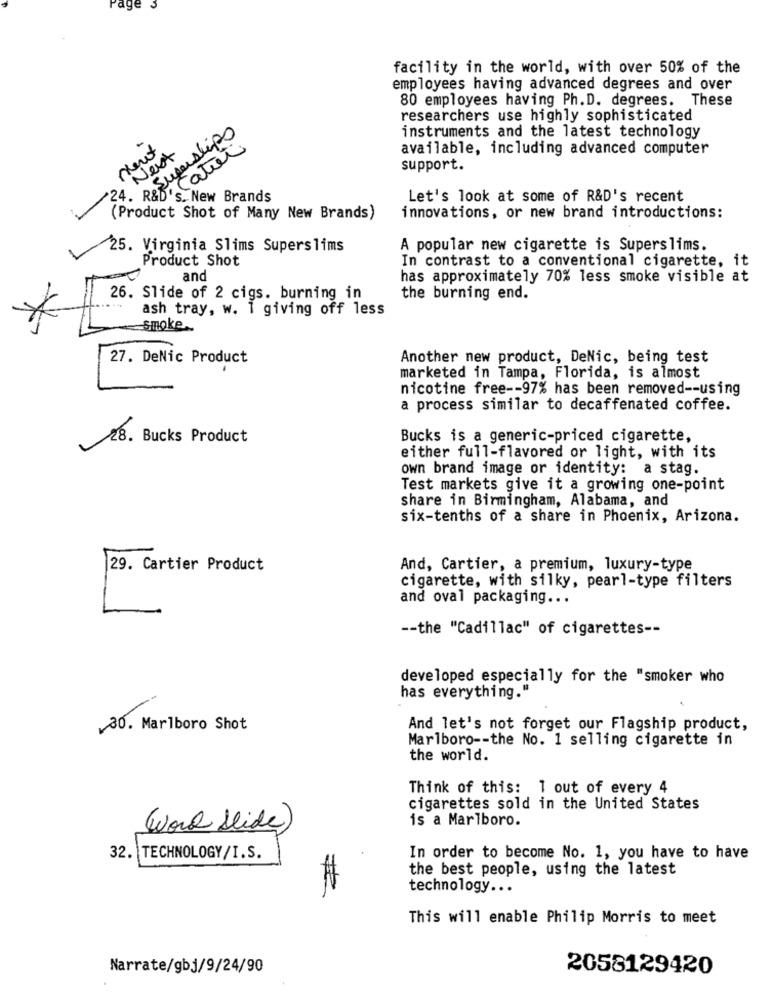
age
facility in the world, with over 50% of the
employees having advanced degrees and over
80 employees having Ph.D. degrees. These
researchers use highly sophisticated
Superstipo
instruments and the latest technology
Meut
available, including advanced computer
24. R&b. Cater
Next
support.
S. New Brands
Let's look at some of R&D's recent
(Product Shot of Many New Brands)
innovations, or new brand introductions:
25. Virginia Slims Superslims
A popular new cigarette is Superslims.
Product Shot
In contrast to a conventional cigarette, it
and
has approximately 70% less smoke visible at
26. Slide of 2 cigs. burning in
the burning end.
ash tray, w. 1 giving off less
smoke.
27. DeNic Product
Another new product, DeNic, being test
marketed in Tampa, Florida, is almost
nicotine free -- 97% has been removed -- using
a process similar to decaffenated coffee.
28. Bucks Product
Bucks is a generic-priced cigarette,
either full-flavored or light, with its
own brand image or identity: a stag.
Test markets give it a growing one-point
share in Birmingham, Alabama, and
six-tenths of a share in Phoenix, Arizona.
29. Cartier Product
And, Cartier, a premium, luxury-type
cigarette, with silky, pearl-type filters
and oval packaging ...
-- the "Cadillac" of cigarettes --
developed especially for the "smoker who
has everything."
30. Marlboro Shot
And let's not forget our Flagship product,
Marlboro -- the No. 1 selling cigarette in
the world.
Think of this: 1 out of every 4
cigarettes sold in the United States
is a Marlboro.
(Word Slide)
32
TECHNOLOGY/I.S.
In order to become No. 1, you have to have
the best people, using the latest
technology ...
This will enable Philip Morris to meet
Narrate/gbj/9/24/90
2058129420